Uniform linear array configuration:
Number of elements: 48
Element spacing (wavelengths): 0.25
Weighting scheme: kaiser
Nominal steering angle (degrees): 15
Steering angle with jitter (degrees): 16.701
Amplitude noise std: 0.05
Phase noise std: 0.05

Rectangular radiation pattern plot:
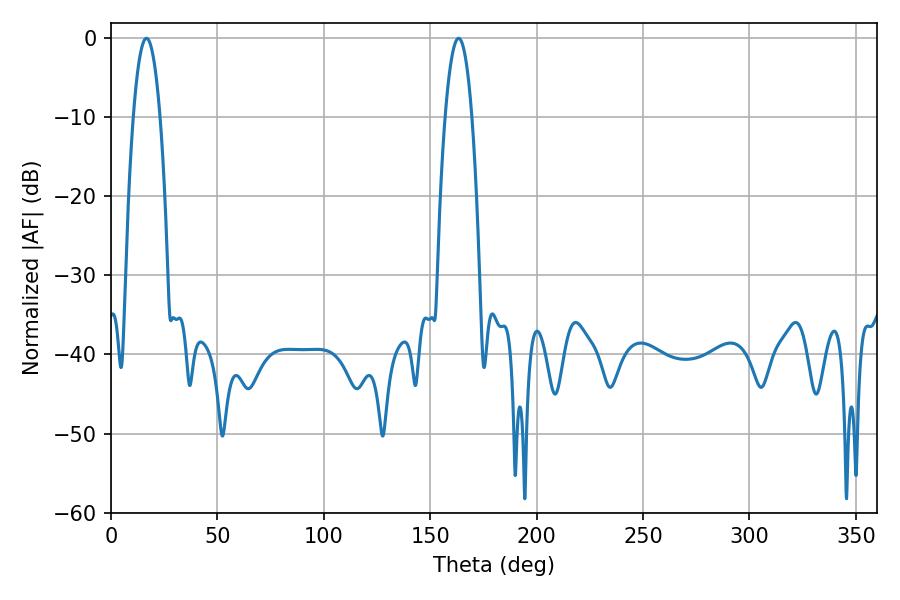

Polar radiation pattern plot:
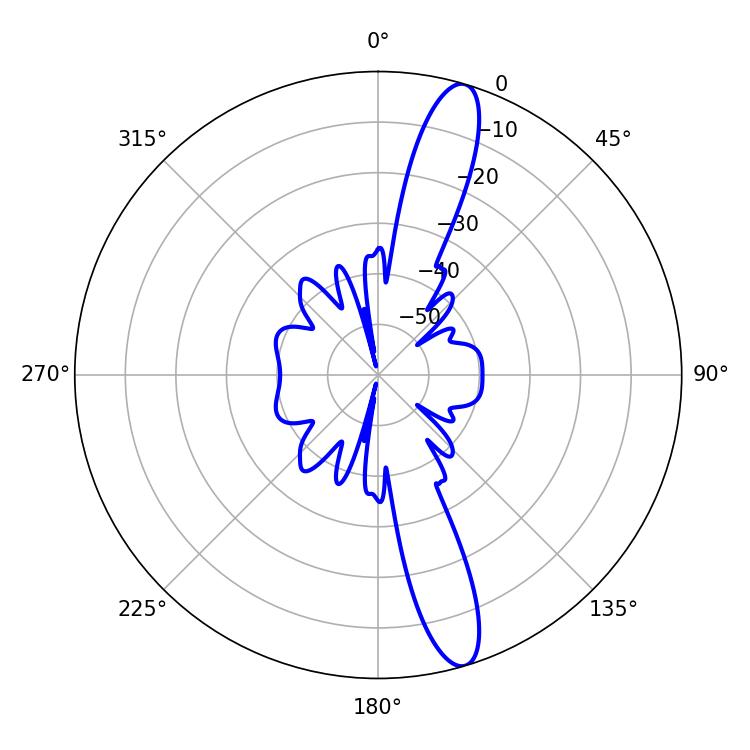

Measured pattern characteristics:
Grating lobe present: FALSE
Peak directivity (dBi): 14.266
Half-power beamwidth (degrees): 7.02
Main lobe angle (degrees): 16.74